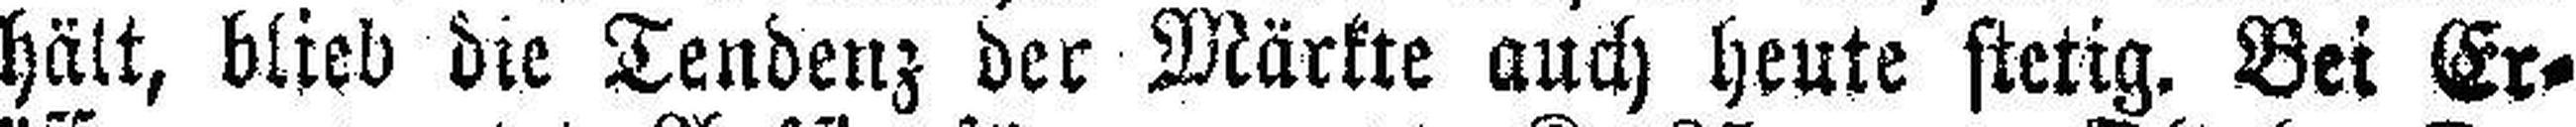
hält, blieb dre Tendenz der Märkte auch heute stetig. Bei Er¬